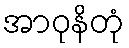
အာဝုနိတုံ